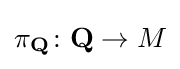
\pi _{\mathbf {Q} }\colon {\mathbf {Q} }\to M